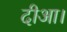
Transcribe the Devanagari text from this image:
दीआ।